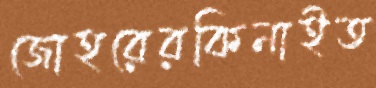
জোহরেরকিনাইত